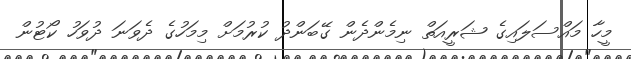
މީހާ މައްސަލައިގެ ޝަރީއަތް ނިމެންދެން ގޭބަންދު ކުރުމަށް މިމަހުގެ ދެވަނަ ދުވަހު ކޯޓުން